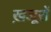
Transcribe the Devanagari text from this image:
ख़जूरों